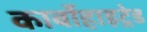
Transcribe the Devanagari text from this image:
कार्बोहाइट्रेड